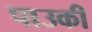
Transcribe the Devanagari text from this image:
पाउकी